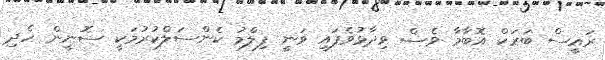
ރައީސް ބަރަކް އޮބާމާ ވެސް ވިދާޅުވެފައި ވަނީ ފިލްމު ކެންސަލްކުރުމަކީ ސޮނީން ހެދި